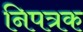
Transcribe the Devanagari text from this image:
निपत्रक